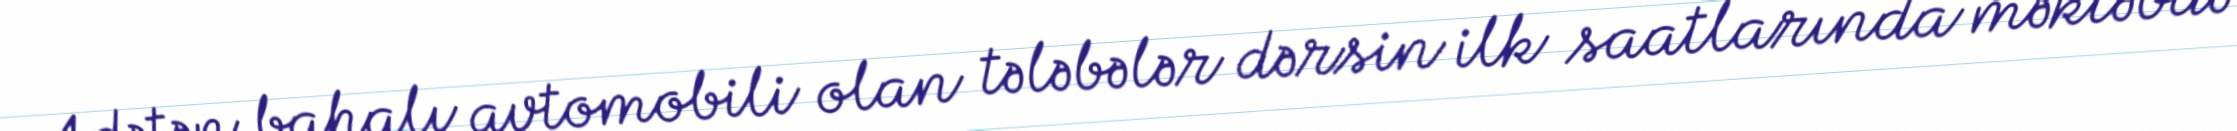
Adətən bahalı avtomobili olan tələbələr dərsin ilk saatlarında məktəbdə